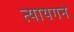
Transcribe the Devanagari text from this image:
त्यायगने